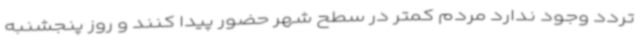
تردد وجود ندارد مردم کمتر در سطح شهر حضور پیدا کنند و روز پنجشنبه